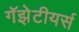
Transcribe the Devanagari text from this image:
गॅझेटीयर्स